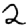
Digit: 2